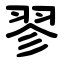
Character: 翏